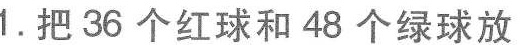
1.把36个红球和48个绿球放